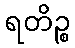
ရတိဉ္စ